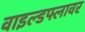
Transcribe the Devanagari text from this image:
वाइल्डफ्लावर